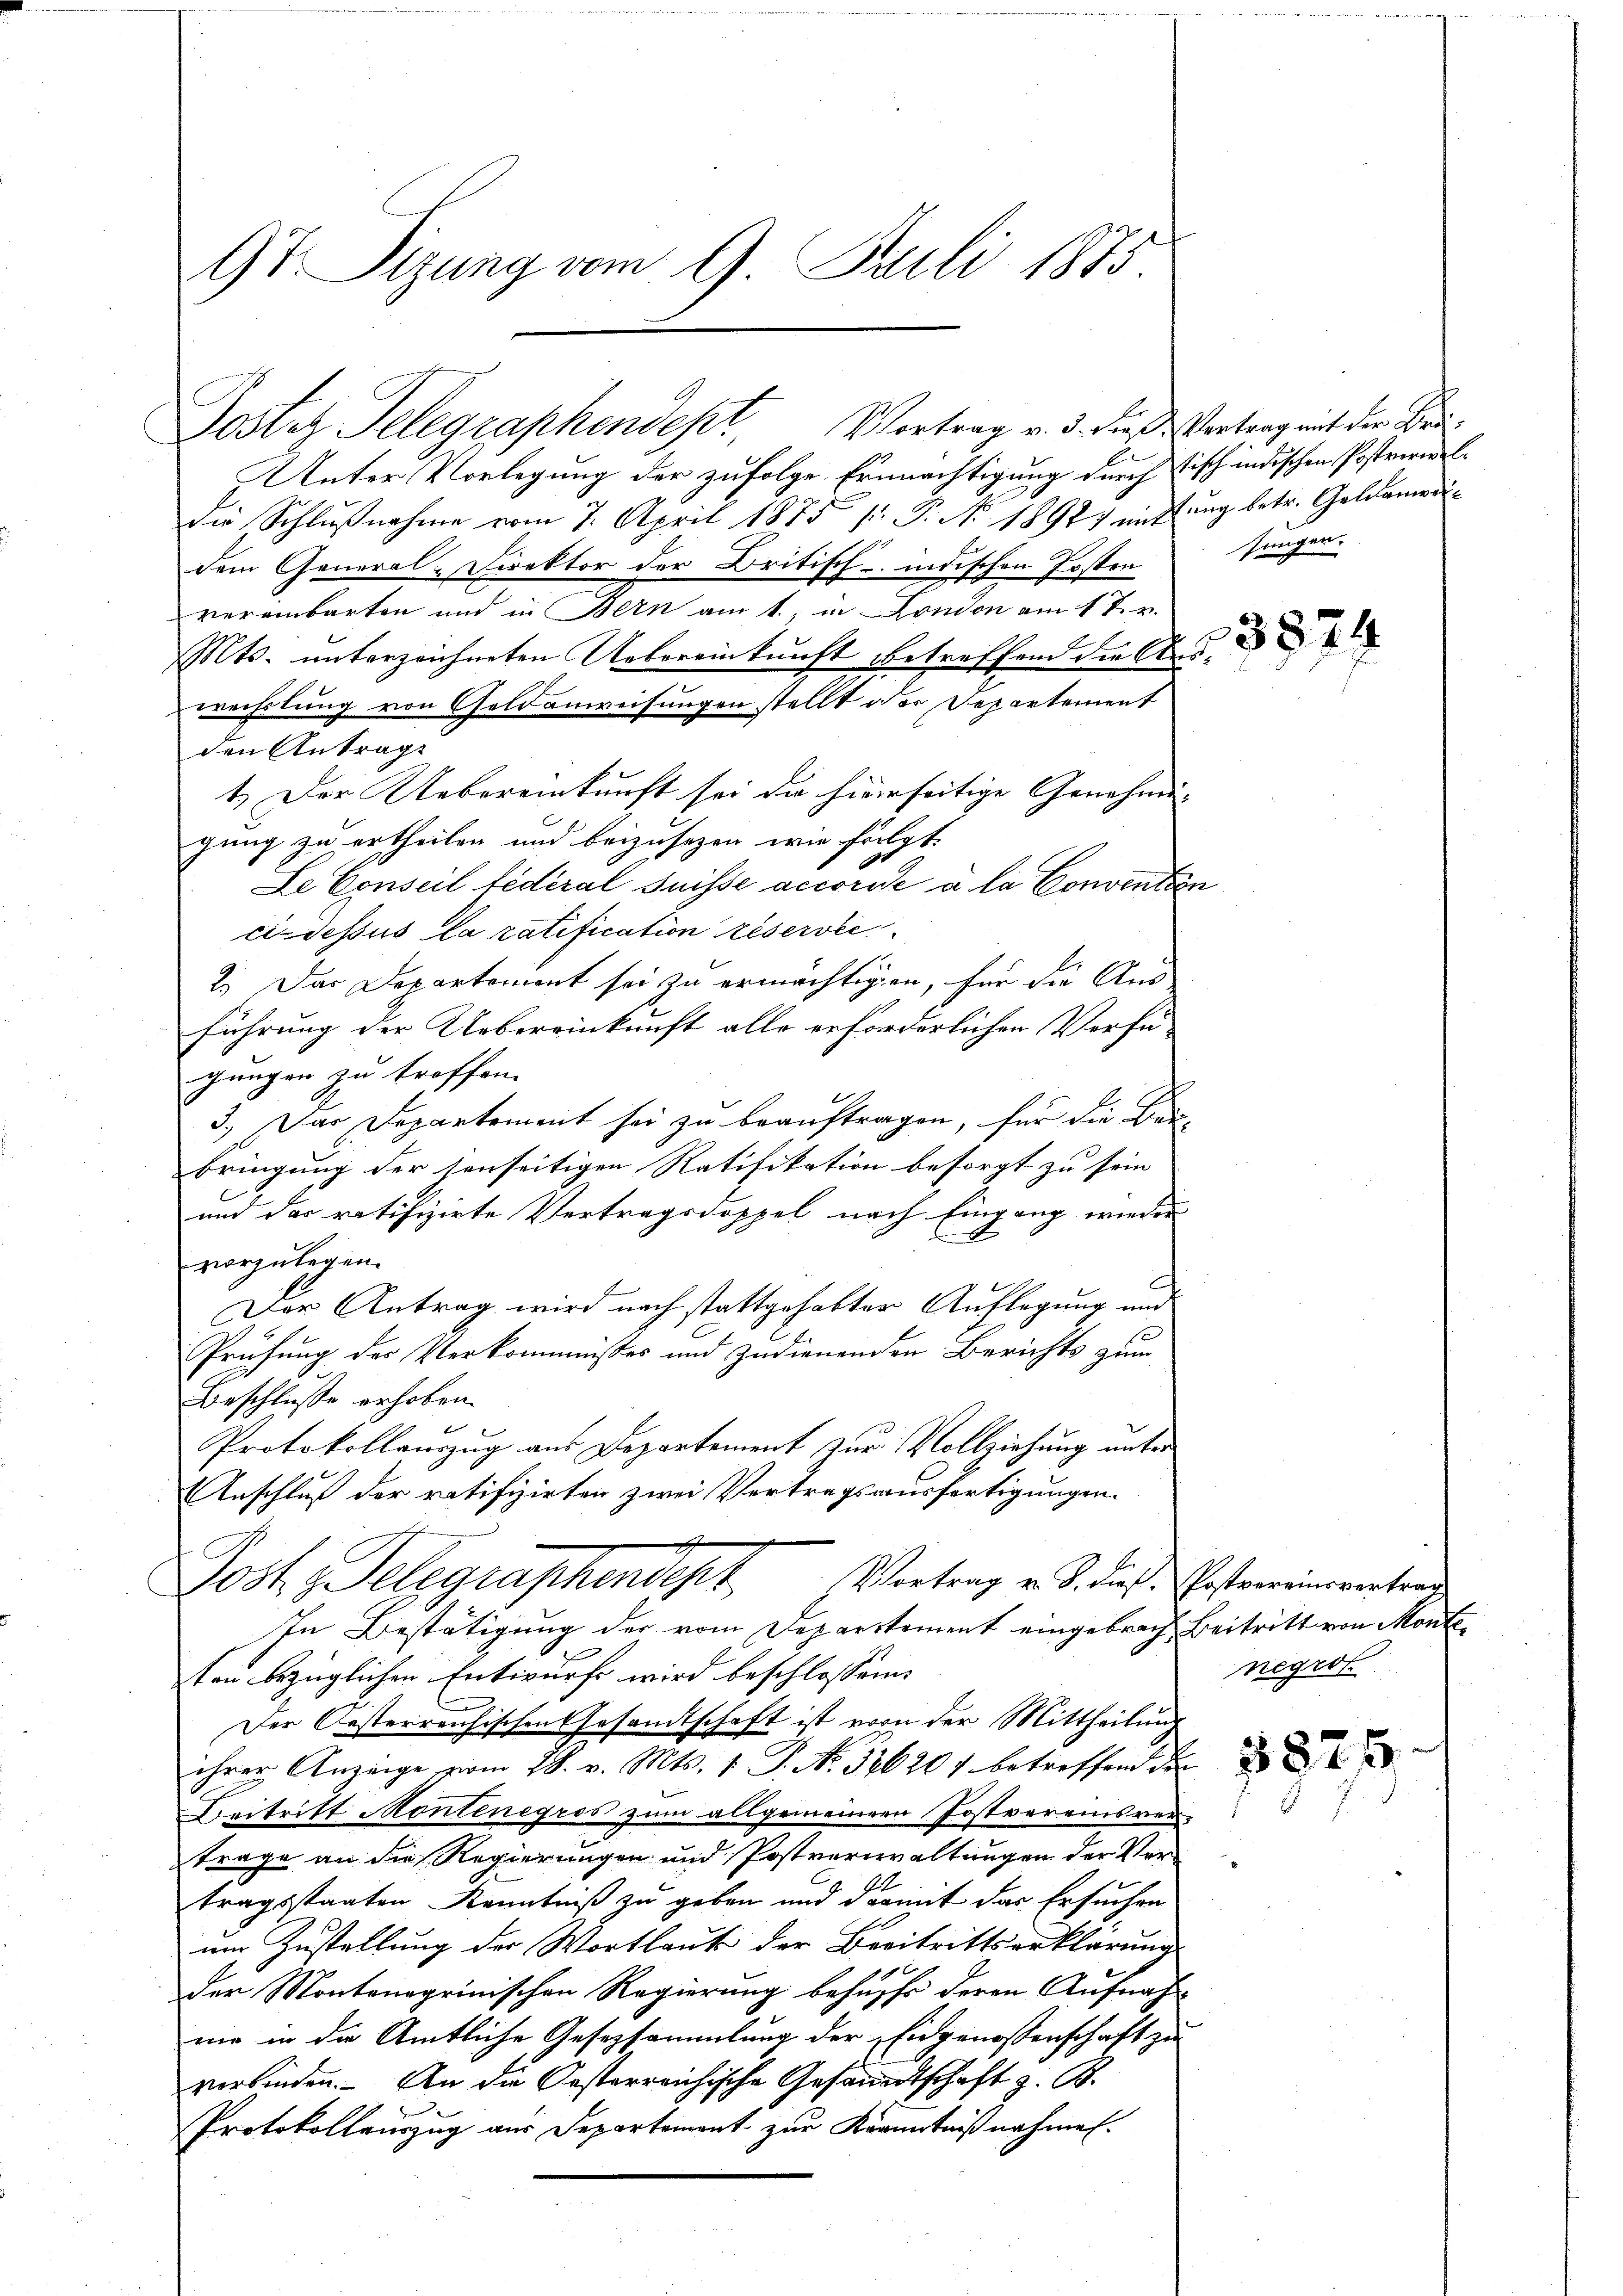
9t Sizung vom 9. Juli 1875

Unter Vorlegung der zufolge Ermächtigung durch Tisch indischen Postverwel¬
Die Schlußnahme vom 7. April 1875 /: P. No. 1892) mitung betr. Geldameridem General-Direktor der Britisch-indischen Posten
vereinbarten und in Bern am 1., in London am 1 t v.
Mts. unterzeichneten Uebereinkunft betreffend die Auswechslung von Geldanweisungen stellt der Departement
den Antrag
1.) Der Uebereinkunft sei da hierseitige Genehmi-
gung zu ertheilen und beizusezen wie folgt.
Le Conseil fédéral Suisse accorise a la Convention
ci-dessus la ratification réservie
2.) Das Departemont sei zu ermächtigen, für die Aus-
führung der Uebereinkunft alle erforderlichen Verfügungen zu troffen.
3.) Das Departement sei zu beauftragen, für die Baubringung der sonseitigen Ratifikation besorgt zu sein |
und das ratifizirte Vertragsdoppel nach Eingang wieder
vorzulegen.
Der Antrag wird nach stattgehabter Auflegung und
Prüfung der Verkommisses und zudienenden Berichts zum
Beschlusse erhoben.
Protokollauszug aus Departement zur Vollziehung unter
Anschluß der ratifizirten zwei Vertragsausfertigungen.
e
Joch, Gelegraphendepr
Vortrag v. S. dieß. Postvereinsvertrag
In Bestätigung der vom Departement eingebrach Beitritt von Monteton bezüglichen Entwurf wird beschlossene
Der Oesterreichischen Gesandtschaft ist von der Mittheilung
ihrer Anzeige vom 28. v. Mts. 1. P. Nr. 32620 f betreffend die
Beitritt Montenegros zum allgemeinen Postvereinsvertrage an die Regierungen und Postverwaltungen der Vertragsstaaten Kenntniß zu geben und damit das Ersuchen
um Zustellung der Wortlaut der Beitrittserklärung
der Montenagrinischen Regierung behufs deren Aufnah-
nie in die Amtliche Gesetzsammlung der Eidgenossenschaft zu
verbinden. An die Oesterreichische Gesandtschaft z. B.
Protokollauszug aus Departement zur Kranntnißnahmen.

Jostiz Gelegraphendest, Vortrag v. 3. dieß Vertrag mit der Bei¬

Jünger.

3574

negros

3875.